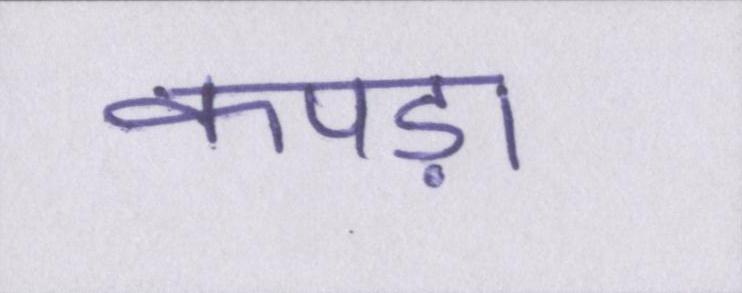
कपड़ा